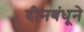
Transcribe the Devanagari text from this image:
दीनबंधूने